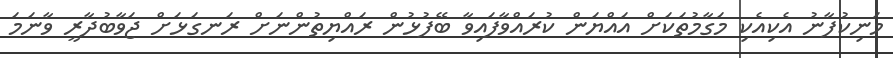
މަނިކުފާނު އެކިއެކި މަގާމުތަކަށް އައްޔަން ކުރައްވާފައިވާ ބޭފުޅުން ރައްޔިތުންނަށް ރަނގަޅަށް ޖަވާބުދާރީ ވާނަމަ